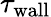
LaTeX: \tau_{\textrm{wall}}